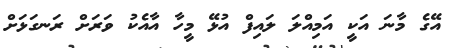
އޭގެ މާނަ އަކީ އަމިއްލަ ލައިފް އުޅޭ މީހާ އާއެކު ވަރަށް ރަނގަޅަށް